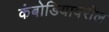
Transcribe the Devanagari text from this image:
कंबोडियावरील